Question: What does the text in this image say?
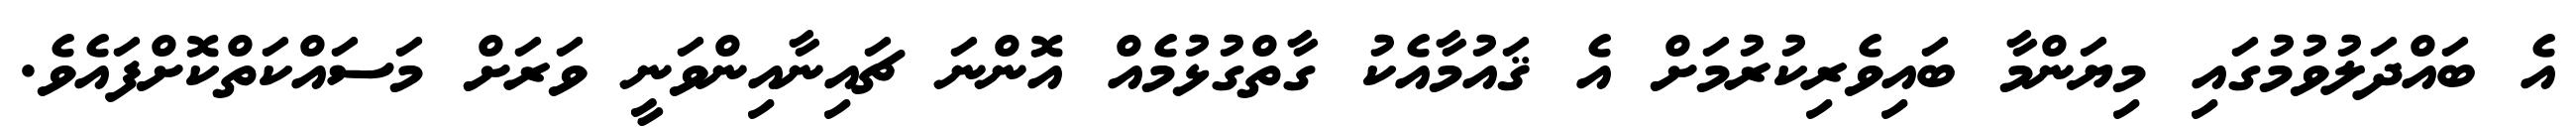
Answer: އެ ބައްދަލުވުމުގައި މިޔަންމާ ބައިވެރިކުރުމަށް އެ ޤައުމާއެކު ގާތްގުޅުމެއް އޮންނަ ޗައިނާއިންވަނީ ވަރަށް މަސައްކަތްކޮށްފައެވެ.